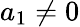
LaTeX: a_{1}\neq 0